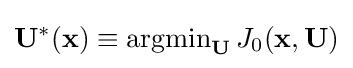
\mathbf {U} ^{*}(\mathbf {x} )\equiv \operatorname {argmin} _{\mathbf {U} }J_{0}(\mathbf {x} ,\mathbf {U} )